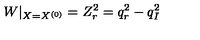
W | _ { X = X ^ { ( 0 ) } } = Z _ { r } ^ { 2 } = q _ { r } ^ { 2 } - q _ { I } ^ { 2 }